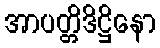
အာပတ္တိဒိဋ္ဌိနော